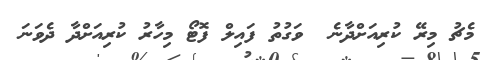
މެޗު މިރޭ ކުރިއަށްދާނެ  ވަގުތު ފައިލް ފޮޓޯ މިހާރު ކުރިއަށްދާ ދެވަނަ